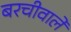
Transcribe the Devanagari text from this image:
बरचीवाले